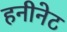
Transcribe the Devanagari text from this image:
हनीनेट